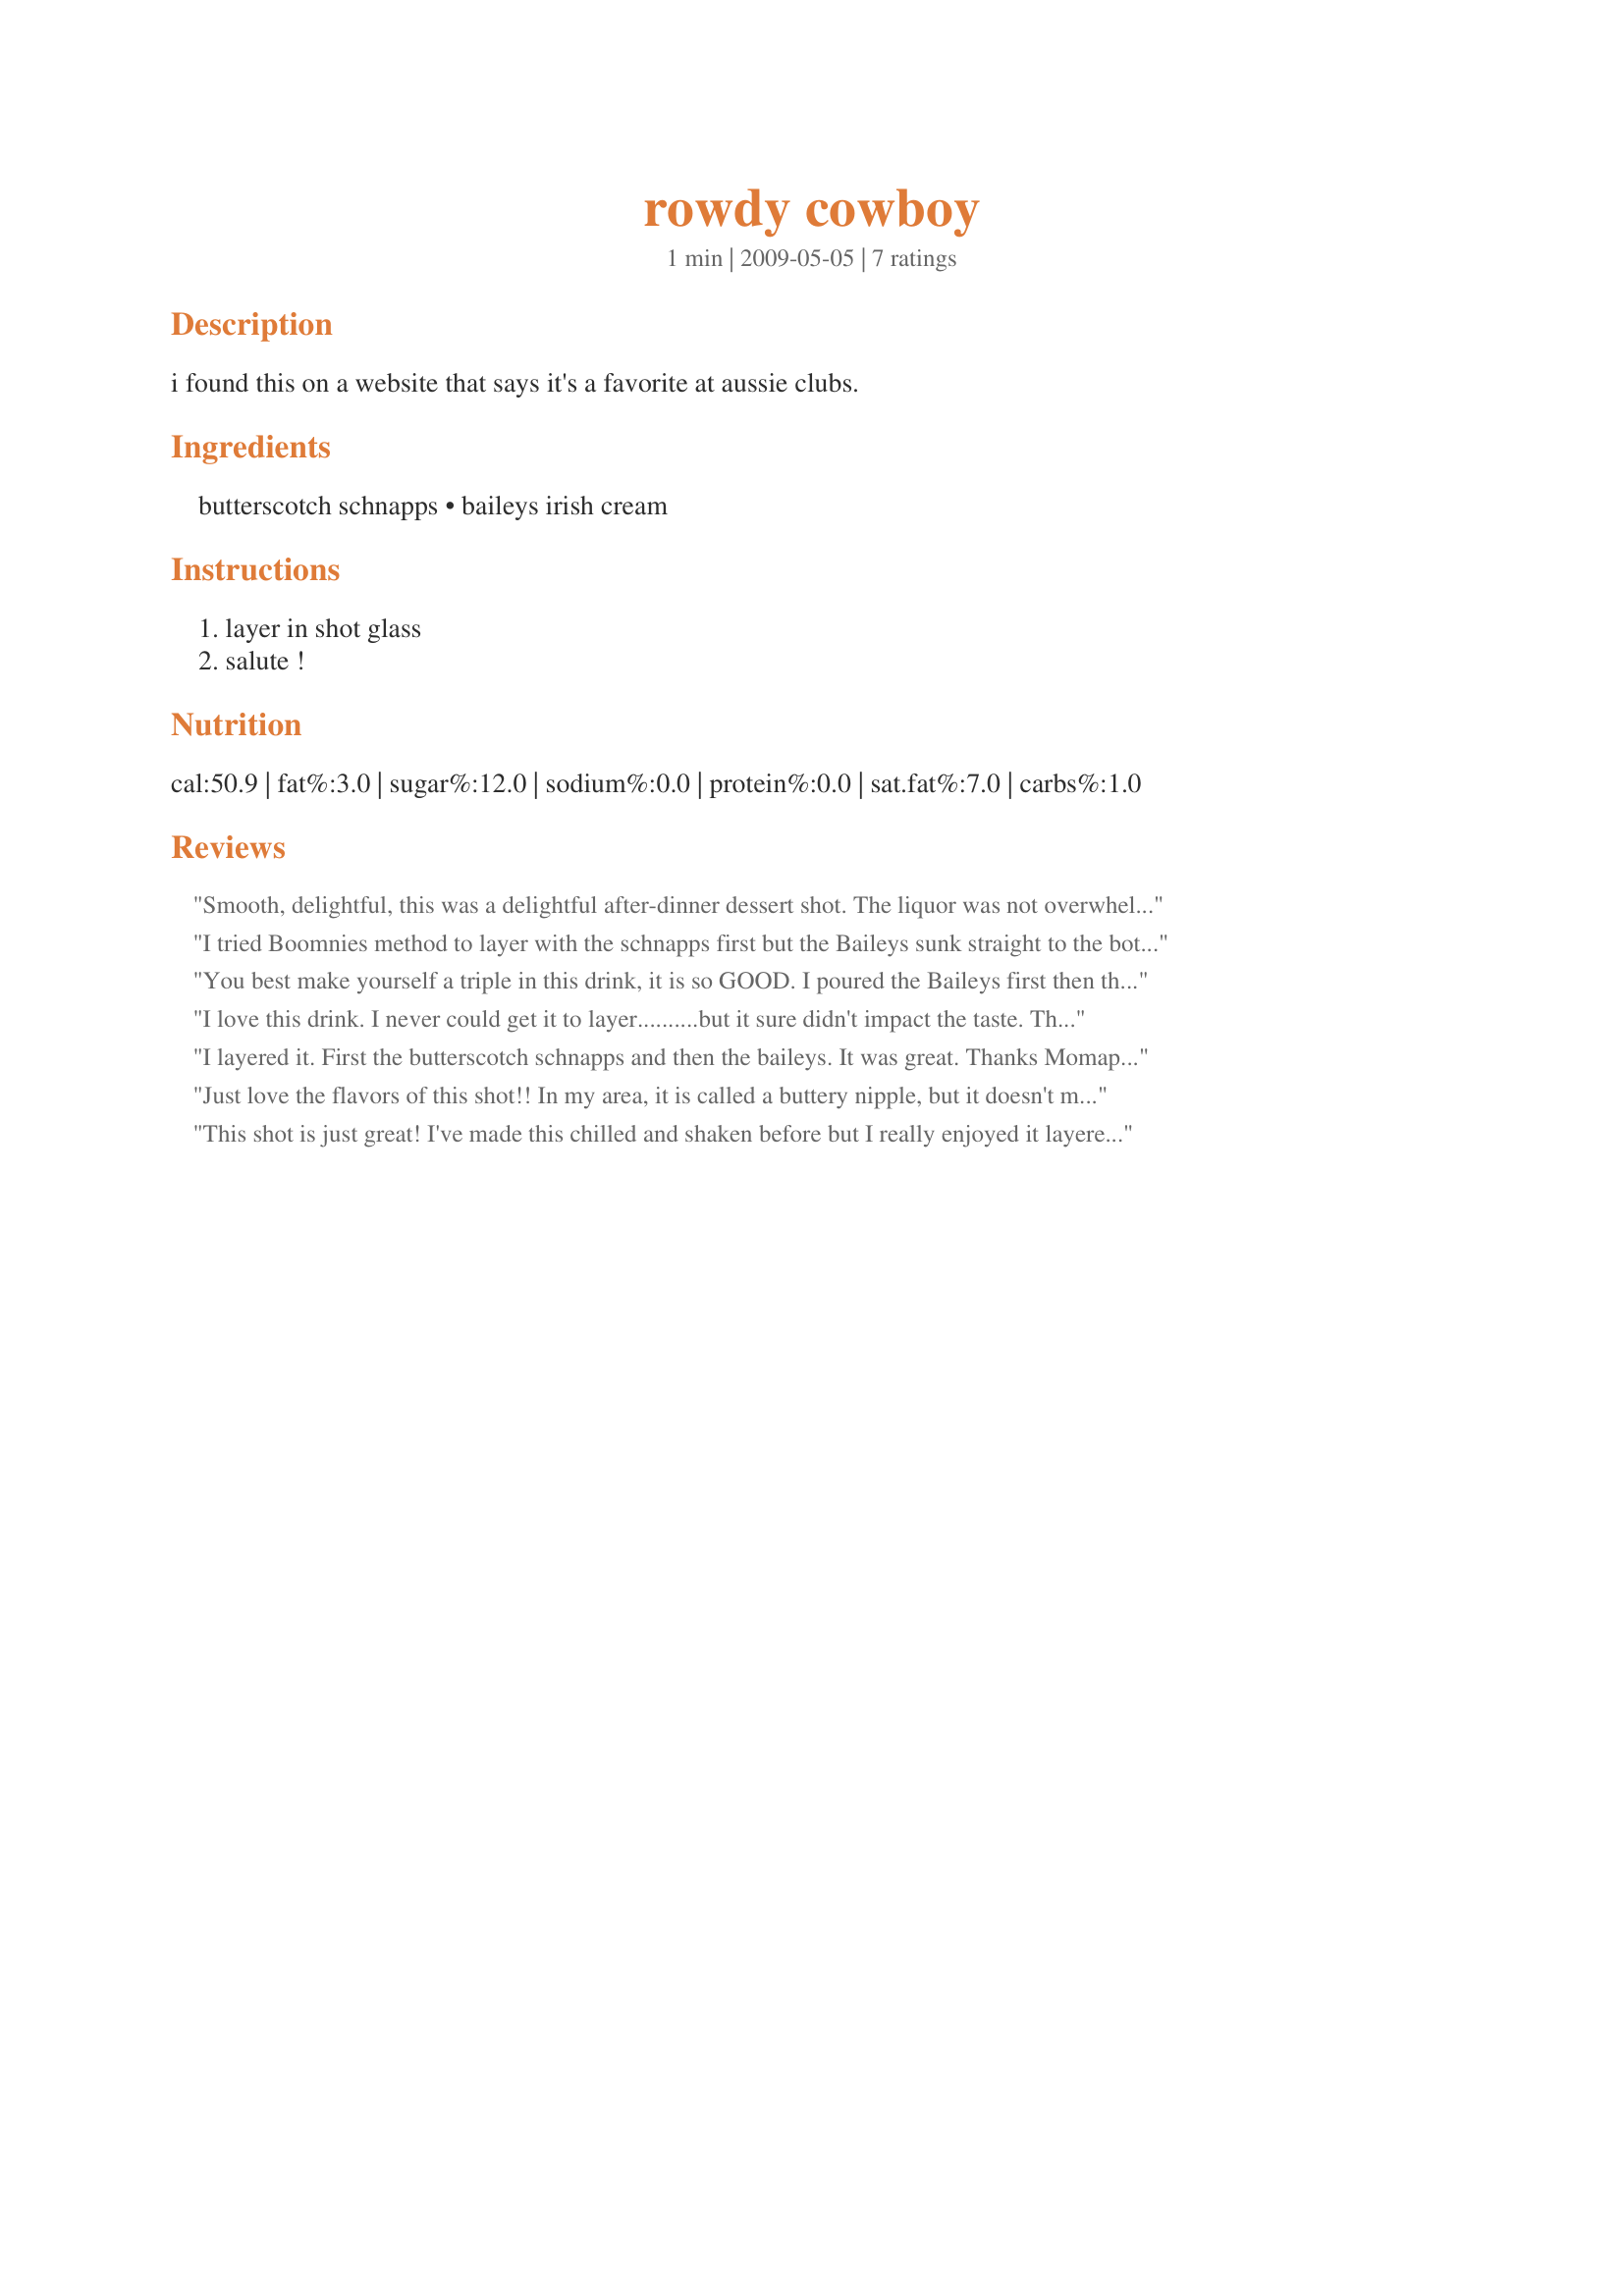
rowdy cowboy
Preparation time: 1 minutes

i found this on a website that says it's a favorite at aussie clubs.

Ingredients:
butterscotch schnapps, baileys irish cream

Steps:
layer in shot glass, salute !

Reviews:
Smooth, delightful, this was a delightful after-dinner dessert shot. The liquor was not overwhelming. My butterscotch schnapps was room temperature and my Bailey's was refrigerated; I used a clean measuring cup to measure the Bailey's and poured very slowly over the back of a tablespoon. Hooray, my layers stayed distinct! Made for The Wild Bunch for ZWT8's stay in Australia/NZ.
I tried Boomnies method to layer with the schnapps first but the Baileys sunk straight to the bottom from the first drop on. I'm never going to get the hang of this layering *sigh*. Although the photo doesn't look so great this is really yummy. I tried it two ways, as written for a shot and mixed with an ounce of light cream. It was a delight both ways so if you'd like a lighter hit of alcohol just add the 1/2 and 1/2.
You best make yourself a triple in this drink, it is so GOOD. I poured the Baileys first then the schnapps and it did not layer for me. I guess they must be to close to the same density. I'll be making this again! Made for Please Review My Recipe
I love this drink. I never could get it to layer..........but it sure didn't impact the taste. Thanks for sharing.
I layered it. First the butterscotch schnapps and then the baileys. It was great. Thanks Momaphet :) Made for Holiday tag
Just love the flavors of this shot!! In my area, it is called a buttery nipple, but it doesn't matter what you call it, it is just so yummy. We prefer ours cold, so added ice to a shaker then the liqueurs, shook and served!! Thanks for posting the recipe. Made for Newest Tag Game.
This shot is just great! I've made this chilled and shaken before but I really enjoyed it layered as well - gave it another taste dimension that was just wonderful. Thanks for sharing this!
